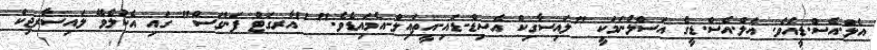
އެލް.އެސް.ޑީއެވެ. އެލް.އެސް.ޑީގެ އަސްލުނަމަކީ "ލައިސާގިކް އެސިޑް-ޑައި-އީތައިލް-އެމައިޑެވެ." "އާރގަޓް ފަންގަސް" ގައި އެކުލެވޭ ލައިސާރޖިކް